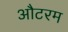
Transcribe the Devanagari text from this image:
औटरम